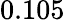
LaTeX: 0.105